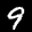
Label: 9